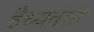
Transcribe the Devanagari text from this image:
हैध्यवंशी